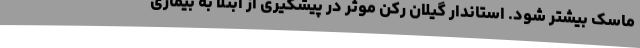
ماسک بیشتر شود. استاندار گیلان رکن موثر در پیشگیری از ابتلا به بیماری